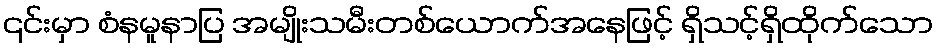
၎င်းမှာ စံနမူနာပြ အမျိုးသမီးတစ်ယောက်အနေဖြင့် ရှိသင့်ရှိထိုက်သော